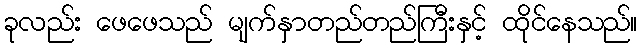
ခုလည်း ဖေဖေသည် မျက်နှာတည်တည်ကြီးနှင့် ထိုင်နေသည်။